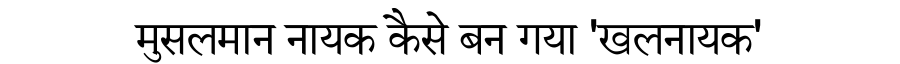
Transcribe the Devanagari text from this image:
मुसलमान नायक कैसे बन गया 'खलनायक'